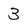
Character: 3